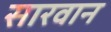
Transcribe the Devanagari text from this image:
सारवान